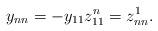
LaTeX: \begin{align*}y_{nn}=-y_{11}z_{11}^n=z_{nn}^1.\end{align*}